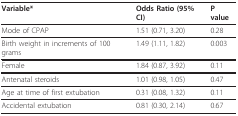
| Variable* | Odds Ratio (95% CI) | P value |
 | --- | --- | --- |
 | Mode of CPAP | 1.51 (0.71, 3.20) | 0.28 |
 | Birth weight in increments of 100 grams | 1.49 (1.11, 1.82) | 0.003 |
 | Female | 1.84 (0.87, 3.92) | 0.11 |
 | Antenatal steroids | 1.01 (0.98, 1.05) | 0.47 |
 | Age at time of first extubation | 0.31 (0.08, 1.32) | 0.11 |
 | Accidental extubation | 0.81 (0.30, 2.14) | 0.67 |